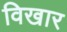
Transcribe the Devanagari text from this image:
विखार